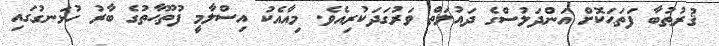
ޤުރުޠުބާ ފަތަޙަކޮށް އަންދަލުސްގެ ދައުލަތް ވަރުގަދަކުރިއެވެ. މިއާއެކު އިސްލާމީ ފުތޫޙާތުގެ ބާރު ހުޅަނގުގައި